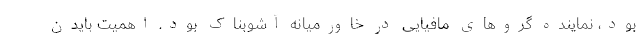
بود، نماینده گروهای مافیایی در خاورمیانه آشوبناک بود. اهمیت بایدن